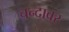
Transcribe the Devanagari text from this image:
चन्दावर